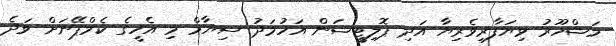
މަޝްހޫރު ވިޔަފާރިވެރިޔާ އަދި ޕޮލިޓީޝަން އަހުމަދު ސިޔާމް މި އެހީގެ ކެމްޕޭނަށް ވަދެ